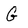
Character: G